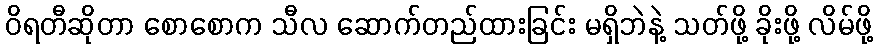
ဝိရတီဆိုတာ စောစောက သီလ ဆောက်တည်ထားခြင်း မရှိဘဲနဲ့ သတ်ဖို့ ခိုးဖို့ လိမ်ဖို့